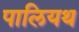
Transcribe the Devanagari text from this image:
पालियथ